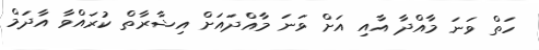
ހަތް ވަނަ މާއްދާ އާއި އަށް ވަނަ މާއްދައަށް އިޝާރާތް ކުރައްވާ އާދަމް